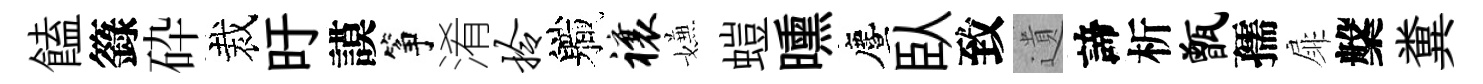
饁籙砕裁旴謨筝淆拎軄禳嫌螘曛󵨌臥致遺諦析甑孺扉槃糞